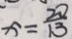
x = \frac { 2 0 } { 1 3 }